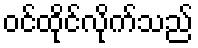
ဝင်ထိုင်လိုက်သည်